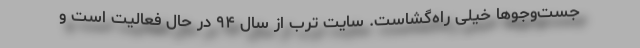
جست‌وجوها خیلی راه‌گشاست. سایت ترب از سال ۹۴ در حال فعالیت است و